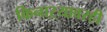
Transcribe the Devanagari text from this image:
किनाऱ्यावरही